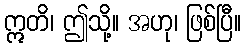
ဣတိ၊ ဤသို့။ အဟု၊ ဖြစ်ပြီ။